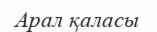
Арал қаласы